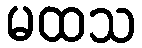
မထသ